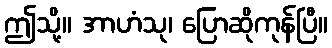
ဤသို့။ အာဟံသု၊ ပြောဆိုကုန်ပြီ။